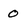
Character: 0